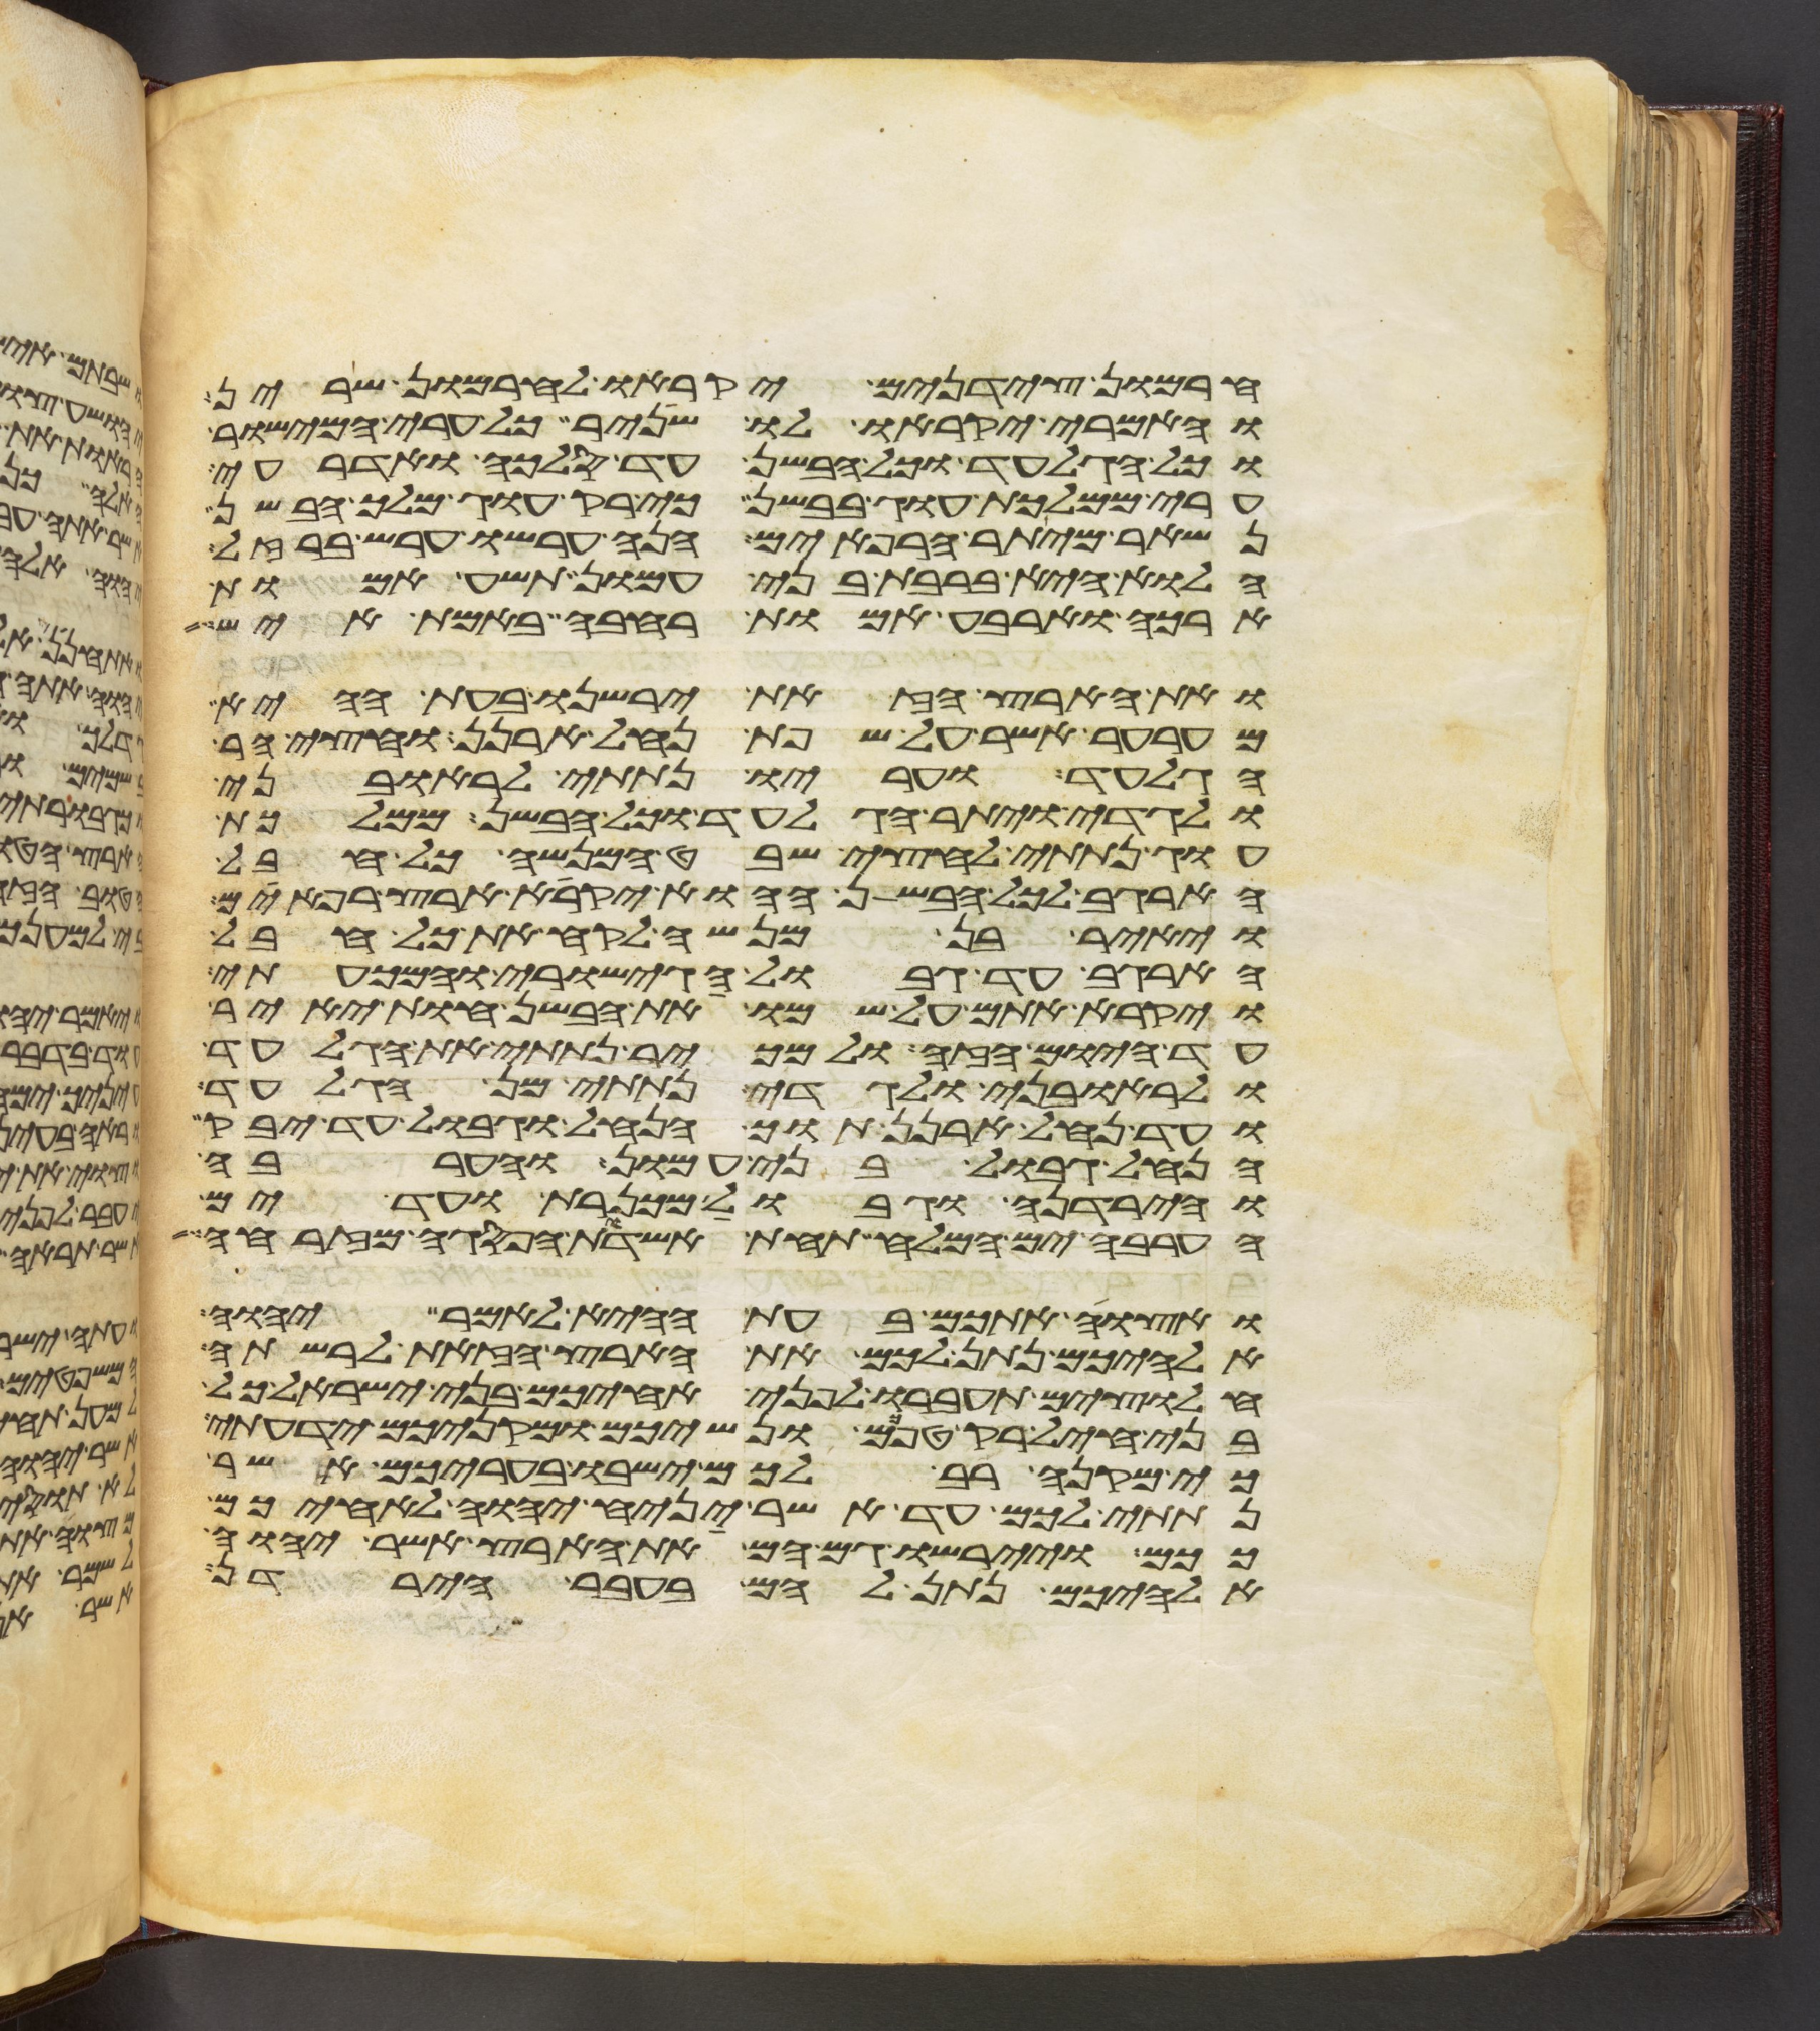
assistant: חרמון צידנים יקראו לחרמון שרין
והאמרי יקראו לו שניר כל ערי המישור
וכל הגלעד וכל הבשן עד סלכה ואדרעי
ערי ממלכת עוג בבשן כי רק עוג מלך הבשן
נשאר מיתר הרפאים הנה ערשו ערש ברזל
הלוא היא ברבת בני עמון תשע אמות
ארכה וארבע אמות רחבה באמת איש
ואת הארץ הזאת ירשנו בעת ההיא
מערער אשר על שפת נחל ארנן וחצי הר
הגלעד ועריו נתתי לראובני
ולגדי ויתר הגלעד וכל הבשן ממלכת
עוג נתתי לחצי שבט המנשה כל חבל
הארגב לכל הבשן ההוא יקרא ארץ רפאים
ויאיר בן מנשה לקח את כל חבל
הארגב עד גבול הגישורי והמכעתי
ויקרא אתם על שמו את הבשן חות יאיר
עד היום הזה ולמכיר נתתי את הגלעד
ולראובני ולגדי נתתי מן הגלעד
ועד נחל ארנן תוך הנחל וגבול עד יבק
הנחל גבול בני עמון והערבה
והירדנה וגבול מכנרת ועד ים
הערבה ים המלח תחת אשדות הפסגה מזרחה
ואצוה אתכם בעת ההיא לאמר יהוה
אלהיכם נתן לכם את הארץ הזאת לרשתה
חלוצים תעברו לפני אחיכם בני ישראל כל
בני חיל רק טפכם ונשיכם ומקניכם ידעתי
כי מקנה רב לכם ישבו בעריכם אשר
נתתי לכם עד אשר יניח יהוה לאחיכם
ככם ויירשו גם הם את הארץ אשר יהוה
אלהיכם נתן להם בעבר הירדן